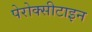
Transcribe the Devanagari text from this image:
पेरोक्सीटाइन